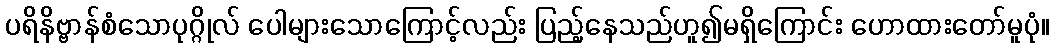
ပရိနိဗ္ဗာန်စံသောပုဂ္ဂိုလ် ပေါများသောကြောင့်လည်း ပြည့်နေသည်ဟူ၍မရှိကြောင်း ဟောထားတော်မူပုံ။